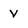
Character: v